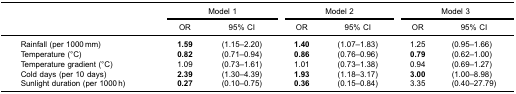
|  | <COLSPAN=2> Model 1 | <COLSPAN=2> Model 2 | <COLSPAN=2> Model 3 |
 |  | OR | 95% CI | OR | 95% CI | OR | 95% CI |
 | --- | --- | --- | --- | --- | --- | --- |
 | Rainfall (per 1000 mm) | 1.59 | (1.15–2.20) | 1.40 | (1.07–1.83) | 1.25 | (0.95–1.66) |
 | Temperature (°C) | 0.82 | (0.71–0.94) | 0.86 | (0.76–0.96) | 0.79 | (0.62–1.00) |
 | Temperature gradient (°C) | 1.09 | (0.73–1.61) | 1.01 | (0.73–1.38) | 0.94 | (0.69–1.27) |
 | Cold days (per 10 days) | 2.39 | (1.30–4.39) | 1.93 | (1.18–3.17) | 3.00 | (1.00–8.98) |
 | Sunlight duration (per 1000 h) | 0.27 | (0.10–0.75) | 0.36 | (0.15–0.84) | 3.35 | (0.40–27.79) |